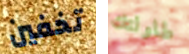
تخفين طاولتك